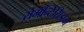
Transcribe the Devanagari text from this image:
रोमॅन्टिसिझम